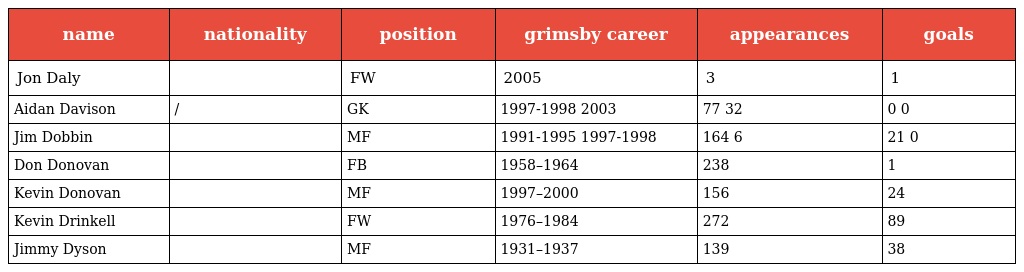
| name | nationality | position | grimsby career | appearances | goals |
 | --- | --- | --- | --- | --- | --- |
 | Jon Daly |  | FW | 2005 | 3 | 1 |
 | Aidan Davison | / | GK | 1997-1998 2003 | 77 32 | 0 0 |
 | Jim Dobbin |  | MF | 1991-1995 1997-1998 | 164 6 | 21 0 |
 | Don Donovan |  | FB | 1958–1964 | 238 | 1 |
 | Kevin Donovan |  | MF | 1997–2000 | 156 | 24 |
 | Kevin Drinkell |  | FW | 1976–1984 | 272 | 89 |
 | Jimmy Dyson |  | MF | 1931–1937 | 139 | 38 |